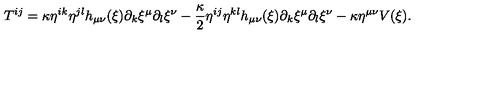
T ^ { i j } = \kappa \eta ^ { i k } \eta ^ { j l } h _ { \mu \nu } ( \xi ) \partial _ { k } \xi ^ { \mu } \partial _ { l } \xi ^ { \nu } - \frac { \kappa } { 2 } \eta ^ { i j } \eta ^ { k l } h _ { \mu \nu } ( \xi ) \partial _ { k } \xi ^ { \mu } \partial _ { l } \xi ^ { \nu } - \kappa \eta ^ { \mu \nu } V ( \xi ) .